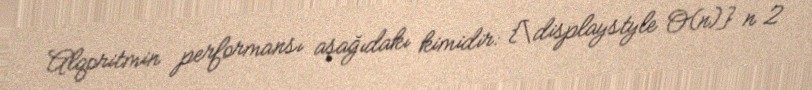
Alqoritmin performansı aşağıdakı kimidir: {\displaystyle O(n)} n 2